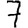
Digit: 7